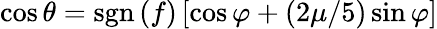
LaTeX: \cos\theta=\operatorname{sgn}\left(f\right)\left[\cos\varphi+(2\mu/5)\sin\varphi\right]